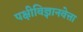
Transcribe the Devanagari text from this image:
पक्षीविज्ञानवेत्ता